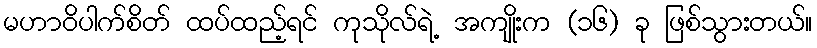
မဟာဝိပါက်စိတ် ထပ်ထည့်ရင် ကုသိုလ်ရဲ့ အကျိုးက (၁၆) ခု ဖြစ်သွားတယ်။